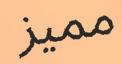
مميز